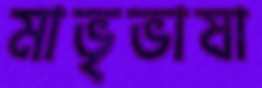
মাভৃভাষা